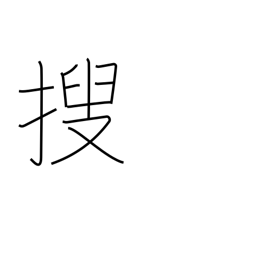
Meaning: investigate